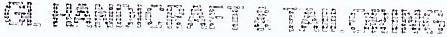
GL HANDICRAFT & TAII ORING